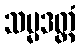
သမ္မဒတ္ထံ